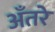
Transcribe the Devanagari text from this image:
अँतरे